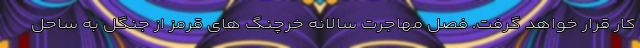
کار قرار خواهد گرفت. فصل مهاجرت سالانه خرچنگ های قرمز از جنگل به ساحل